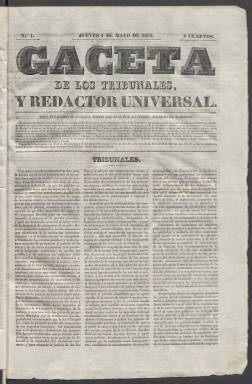
Título: Gaceta de los tribunales y redactor universal
Colección: Periódicos anteriores a 1850
Ámbito geográfico: Madrid
Lugar de publicación: Madrid
Fechas: 01/05/1834-07/05/1834